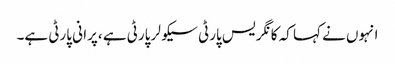
انہوں نے کہا کہ کا نگر یس پارٹی سیکو لر پارٹی ہے ،پرا نی پارٹی ہے۔